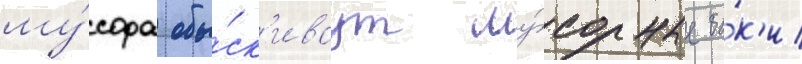
му́сора обы́ск'иваут му́сорные ба́к'и